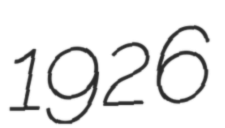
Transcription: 1926